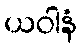
ယဝါနံ